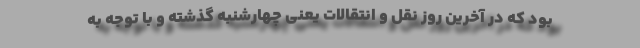
بود که در آخرین روز نقل و انتقالات یعنی چهارشنبه گذشته و با توجه به